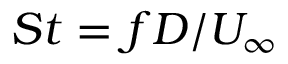
S t = f D / U _ { \infty }